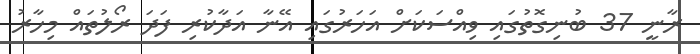
ރާނީ 37 ބުނިގޮތުގައި ވިއްސަކަށް އަހަރުގައި އޭނާ އަދާކުރި ފަދަ ރޯލުތައް މިހާރު